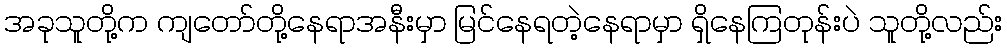
အခုသူတို့က ကျတော်တို့နေရာအနီးမှာ မြင်နေရတဲ့နေရာမှာ ရှိနေကြတုန်းပဲ သူတို့လည်း